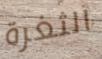
الثغرة